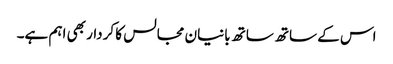
اس کے ساتھ ساتھ بانیان مجالس کا کردار بھی اہم ہے۔